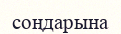
соңдарына